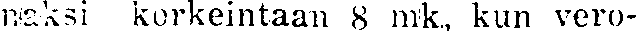
naksi korkeintaan 8 mk, kun vero-